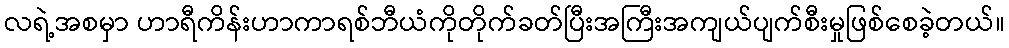
လရဲ့အစမှာ ဟာရီကိန်းဟာကာရစ်ဘီယံကိုတိုက်ခတ်ပြီးအကြီးအကျယ်ပျက်စီးမှုဖြစ်စေခဲ့တယ်။